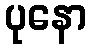
ပုနော